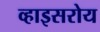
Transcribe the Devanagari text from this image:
व्हाइसरोय